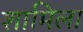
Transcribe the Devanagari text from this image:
शामिला